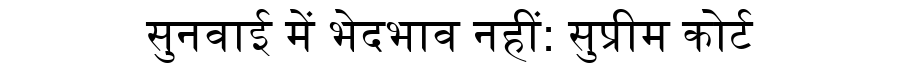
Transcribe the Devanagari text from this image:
सुनवाई में भेदभाव नहीं: सुप्रीम कोर्ट